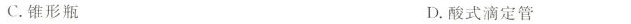
C.锥形瓶 D.酸式滴定管